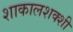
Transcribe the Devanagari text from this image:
शाकालशक्शी